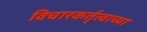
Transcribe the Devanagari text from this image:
विचारकर्तृत्वाच्या